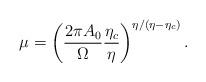
LaTeX: \begin{align*}\mu=\left ( \frac{2\pi A_0}{\Omega} \frac{\eta_c}{\eta} \right )^{\eta/(\eta-\eta_c)}.\end{align*}